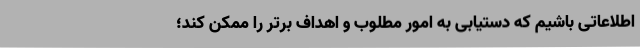
اطلاعاتی باشیم که دستیابی به امور مطلوب و اهداف برتر را ممکن کند؛